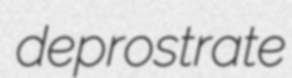
deprostrate